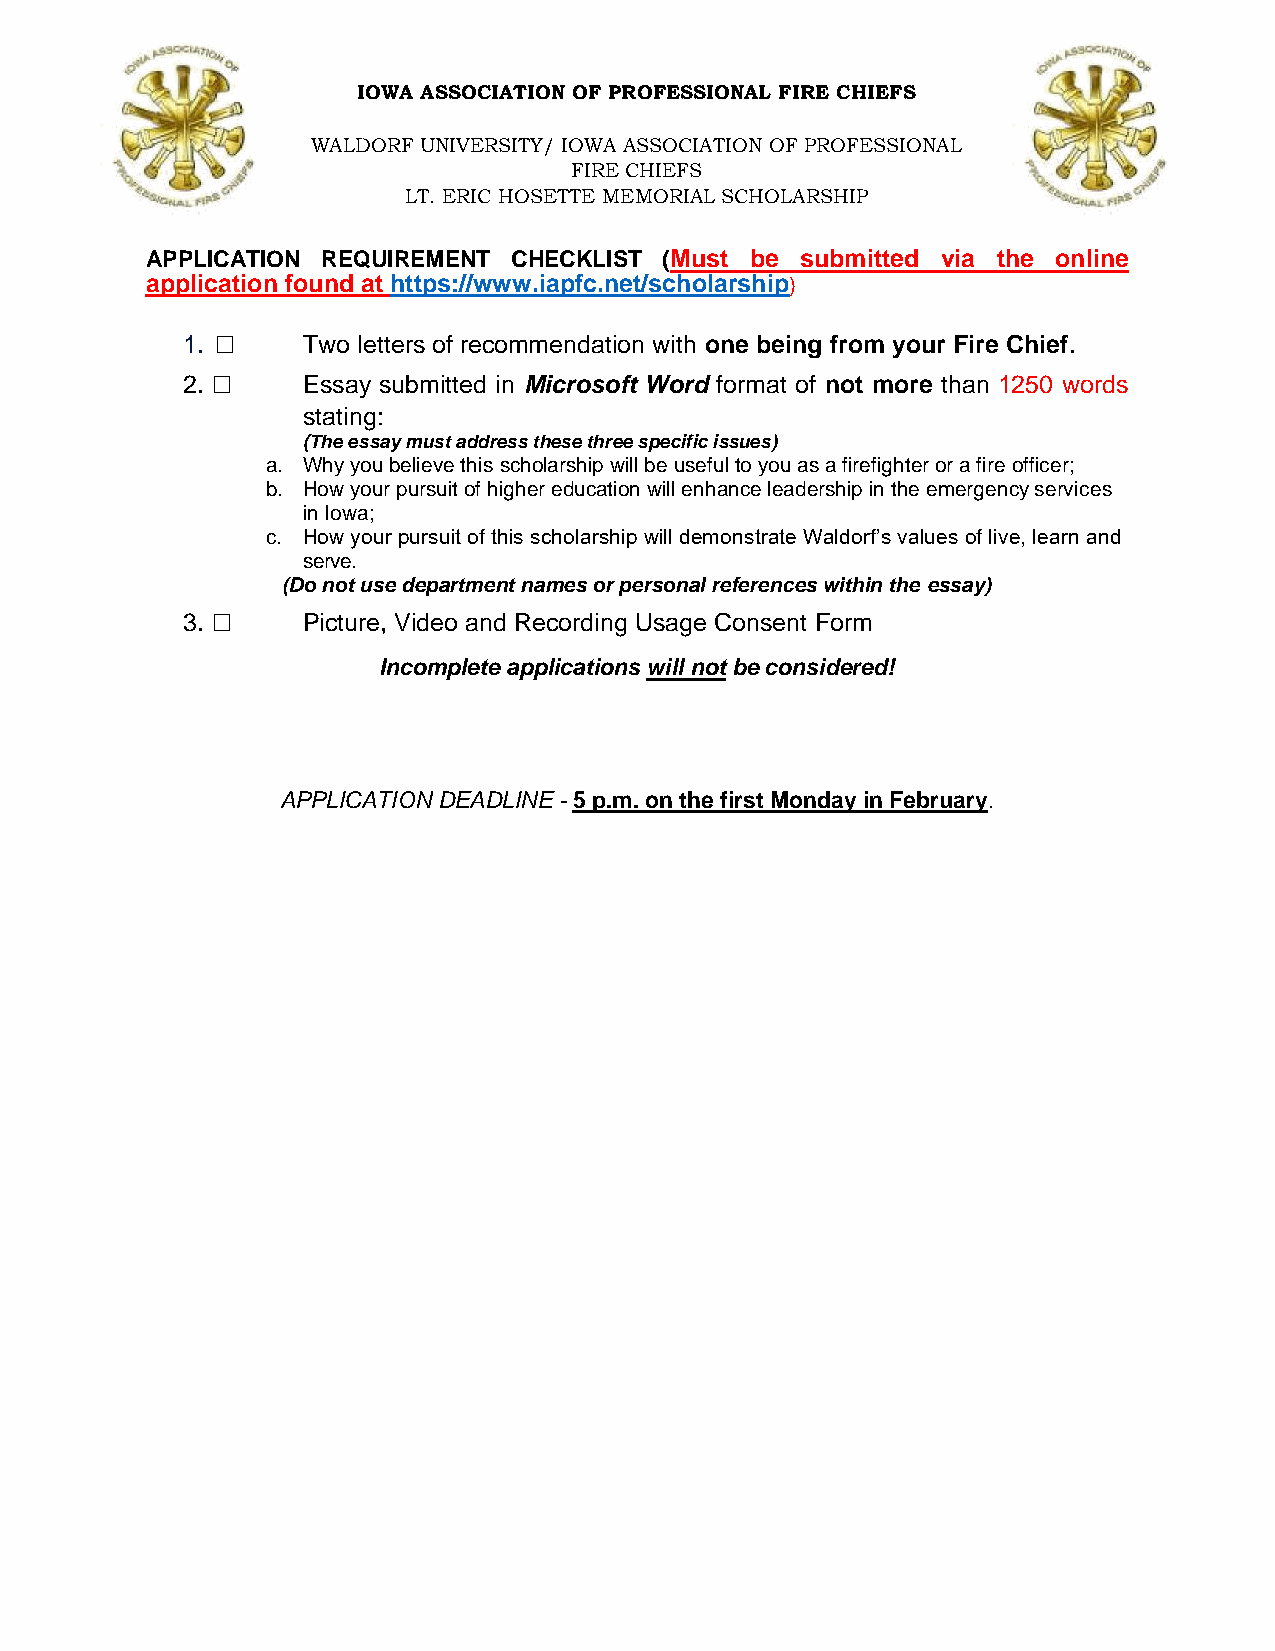
IOWA ASSOCIATION OF PROFESSIONAL FIRE CHIEFS
 WALDORF UNIVERSITY/ IOWA ASSOCIATION OF PROFESSIONAL
 FIRE CHIEFS
 LT. ERIC HOSETTE MEMORIAL SCHOLARSHIP
 APPLICATION REQUIREMENT CHECKLIST (Must be submitted via the online
 application found at https://www.iapfc.net/scholarship)
 □
 1.      Two letters of recommendation with one being from your Fire Chief.
 □
 2.      Essay submitted in Microsoft Word format of not more than 1250 words
 stating:
 (The essay must address these three specific issues)
 a. Why you believe this scholarship will be useful to you as a firefighter or a fire officer;
 b. How your pursuit of higher education will enhance leadership in the emergency services
 in Iowa;
 c. How your pursuit of this scholarship will demonstrate Waldorf’s values of live, learn and
 serve.
 (Do not use department names or personal references within the essay)
 □
 3.      Picture, Video and Recording Usage Consent Form
 Incomplete applications will not be considered!
 APPLICATION DEADLINE - 5 p.m. on the first Monday in February.